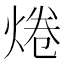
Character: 𤉼